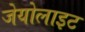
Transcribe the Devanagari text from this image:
जेयोलाइट